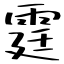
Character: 霆